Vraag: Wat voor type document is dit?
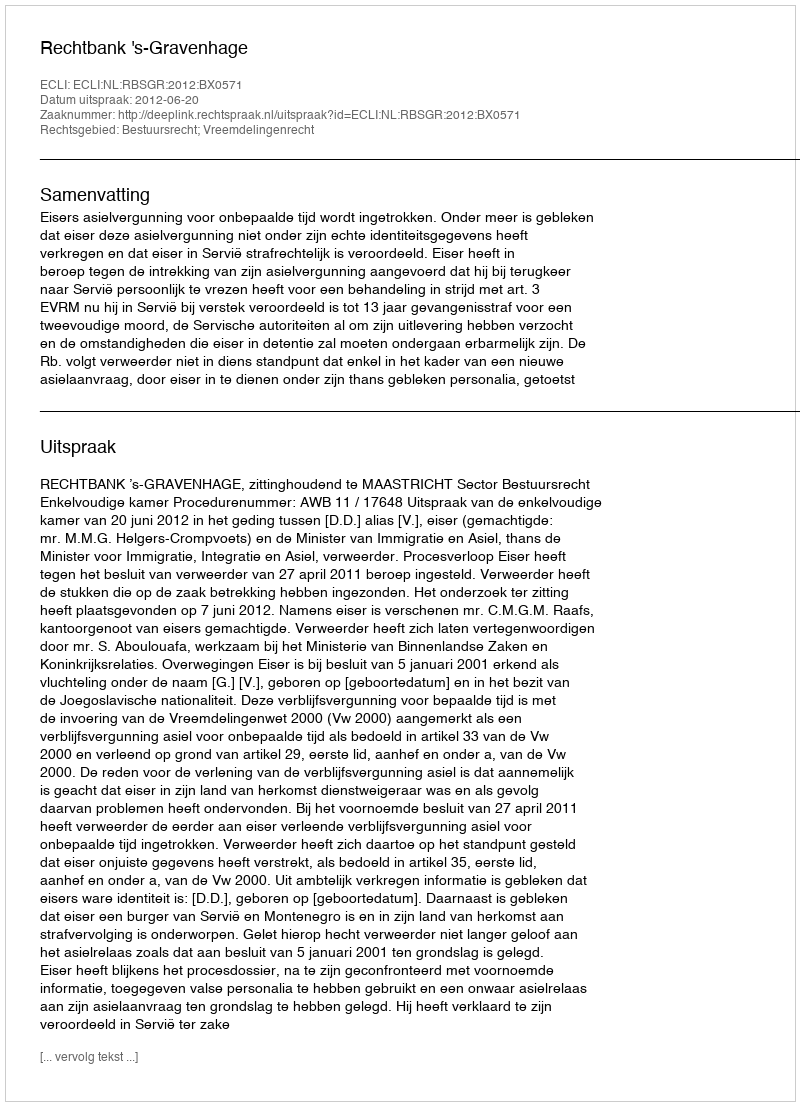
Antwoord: Uitspraak